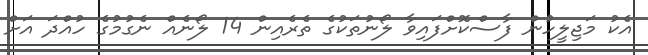
އެކު މަޖިލީހުން ފާސްކޮށްފައިވާ ލޯނުތަކުގެ ތެރެއިން 14 ލޯނެއް ނެގުމުގެ ހުއްދަ އަށް